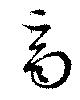
齊